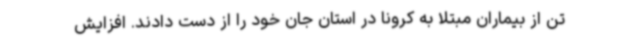
تن از بیماران مبتلا به کرونا در استان جان خود را از دست دادند. افزایش